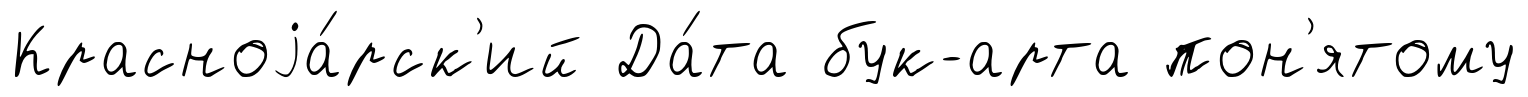
Красноjа́рск'ий Да́та бук-арта пон'ятому